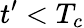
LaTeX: t^{\prime}<T_{c}